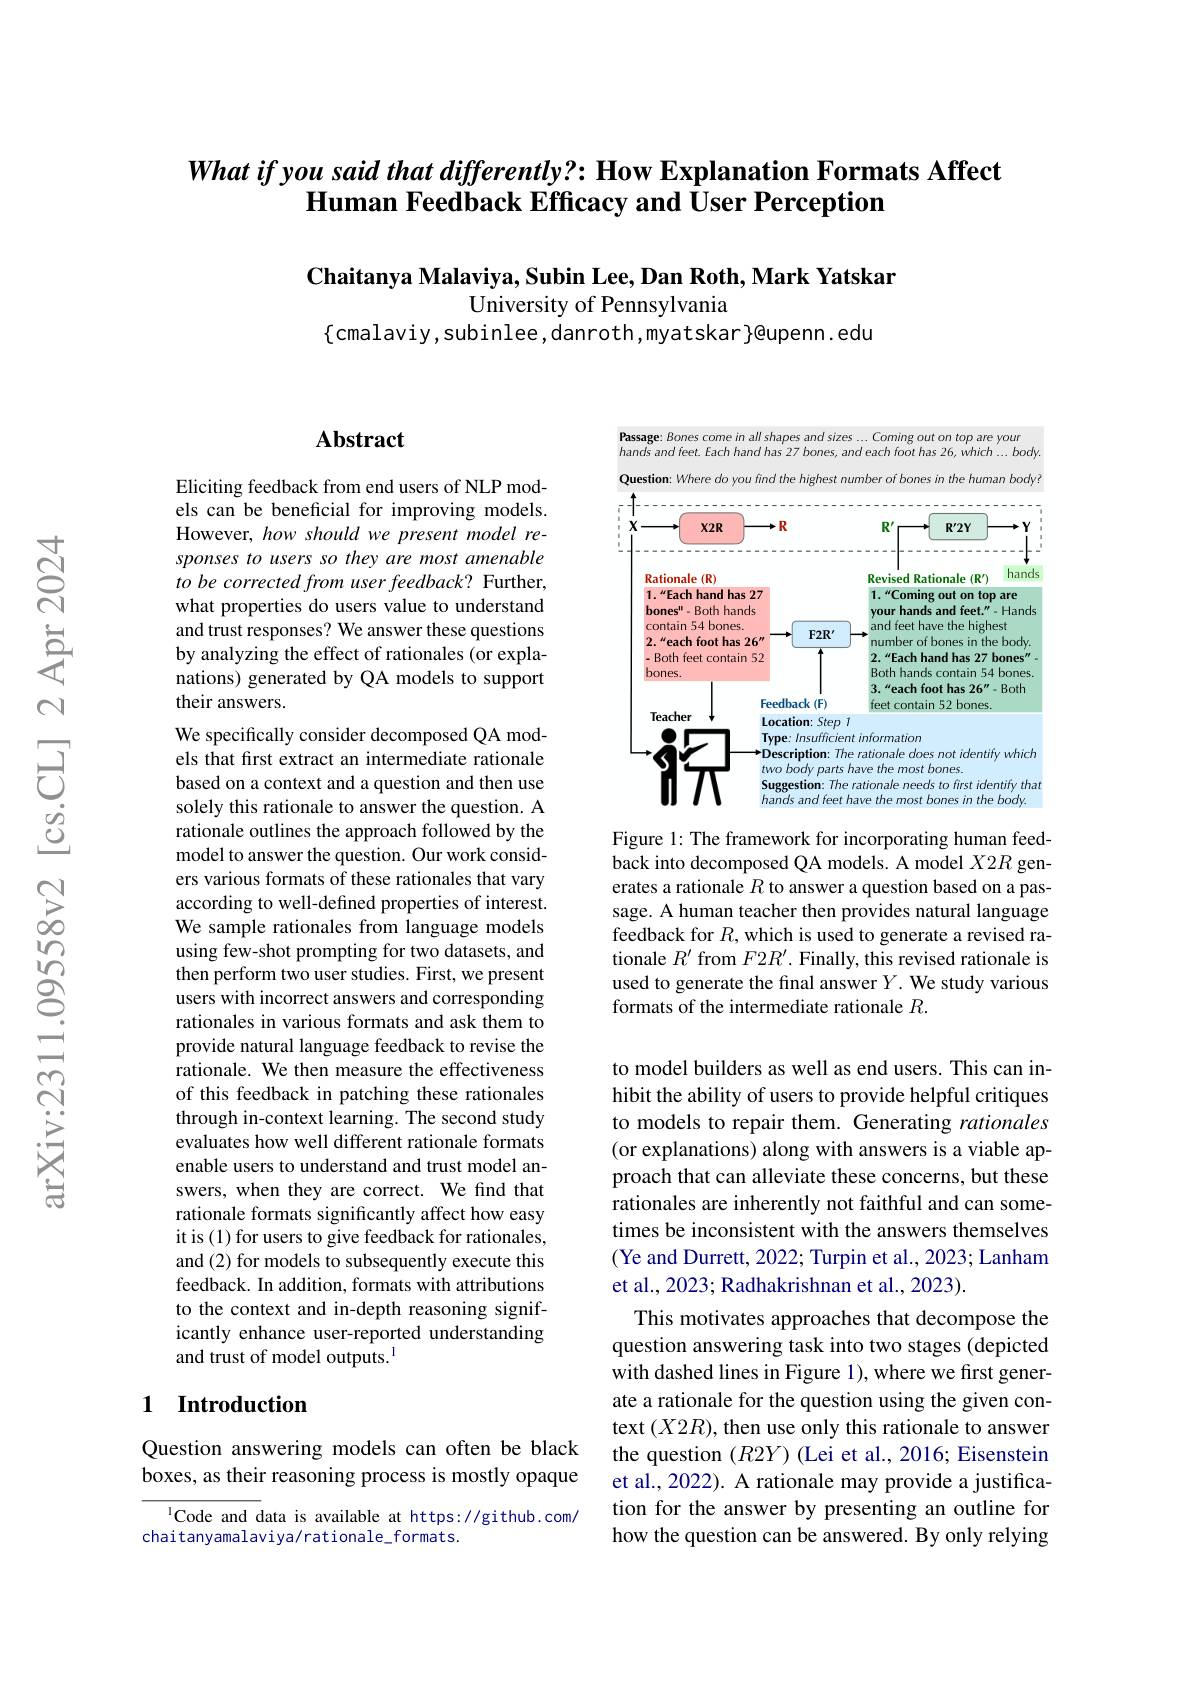
## $Whatifvousaidthatdifferentlv? : \textbf{How Explanation Formats Affect}$ $\textbf{Human Feedback Efficacy and User Perception}$

$\textbf{Chaitanya Malaviya, Subin Lee, Dan Roth, Mark Yatskar}$
University of Pennsylvania
$\{$cmalaviy,subinlee,danroth,myatskar$\}$@upenn.edu

# Abstract

Eliciting feedback from end users of NLP models can be beneficial for improving models. However, how should we present model responses to users so they are most amenable to be corrected from user feedback? Further, what properties do users value to understand and trust responses? We answer these questions by analyzing the effect of rationales (or explanations) generated by QA models to support their answers.
We specifically consider decomposed QA models that first extract an intermediate rationale based on a context and a question and then use solely this rationale to answer the question. A rationale outlines the approach followed by the model to answer the question. Our work considers various formats of these rationales that vary according to well-defined properties of interest. We sample rationales from language models using few-shot prompting for two datasets, and then perform two user studies. First, we present users with incorrect answers and corresponding rationales in various formats and ask them to provide natural language feedback to revise the rationale. We then measure the effectiveness of this feedback in patching these rationales through in-context learning. The second study evaluates how well different rationale formats enable users to understand and trust model answers, when they are correct. We find that rationale formats significantly affect how easy it is (1) for users to give feedback for rationales, and (2) for models to subsequently execute this feedback. In addition, formats with attributions to the context and in-depth reasoning significantly enhance user-reported understanding and trust of model outputs.$^{1}$

## 1 Introduction

Question answering models can often be black boxes, as their reasoning process is mostly opaque

$^{1}$Code and data is available at https://github.com/
chaitanyamalaviya/rationale_formats.

Passage: Bones come in all shapes and sizes ...Coming out on top are youn
hands and feet. Each hand has 27 bones, and each foot has 26, which ... body.

Question: Where do you find the highest number of bones in the human body?
<FigureHere>

Figure 1: The framework for incorporating human feedback into decomposed QA models. A model $X2R$ generates a rationale $R$ to answer a question based on a passage. A human teacher then provides natural language feedback for $R$, which is used to generate a revised rationale $R^\prime$ from $F2R^\prime.$ Finally, this revised rationale is used to generate the final answer $Y.$ We study various formats of the intermediate rationale $R.$

to model builders as well as end users. This can inhibit the ability of users to provide helpful critiques to models to repair them. Generating rationales (or explanations) along with answers is a viable approach that can alleviate these concerns, but these rationales are inherently not faithful and can sometimes be inconsistent with the answers themselves (Ye and Durrett, 2022; Turpin et al., 2023; Lanham et al., 2023; Radhakrishnan et al., 2023).
This motivates approaches that decompose the question answering task into two stages (depicted with dashed lines in Figure 1), where we first generate a rationale for the question using the given context $(X2R)$, then use only this rationale to answer the question $(R2Y)$ (Lei et al., 2016; Eisenstein et al., 2022). A rationale may provide a justification for the answer by presenting an outline for how the question can be answered. By only relying